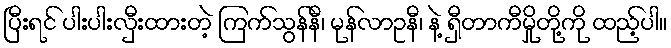
ပြီးရင် ပါးပါးလှီးထားတဲ့ ကြက်သွန်နီ၊ မုန်လာဥနီ၊ နဲ့ ရှီတာကီမှိုတို့ကို ထည့်ပါ။